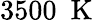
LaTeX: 3500~\mathrm{~K~}